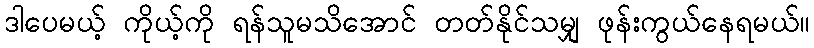
ဒါပေမယ့် ကိုယ့်ကို ရန်သူမသိအောင် တတ်နိုင်သမျှ ဖုန်းကွယ်နေရမယ်။